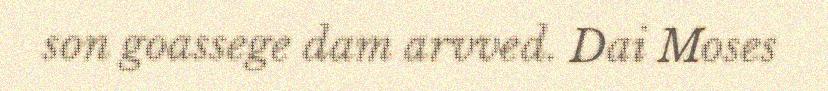
son goassege dam arvved. Dai Moses